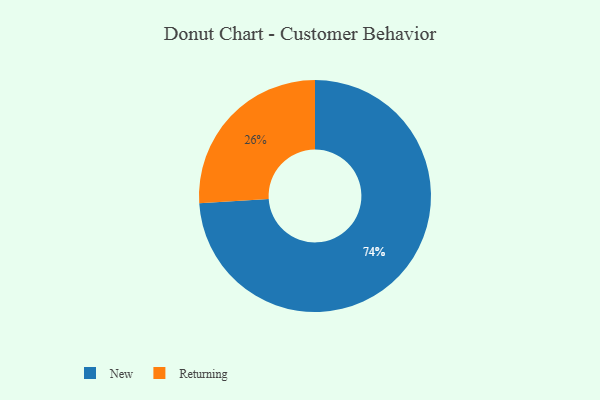
{"axis": {"x": "Category", "y": "Percentage"}, "legend": ["New", "Returning"], "data": [{"x": "New", "y": 74, "type": "New"}, {"x": "Returning", "y": 26, "type": "Returning"}]}